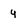
Character: y